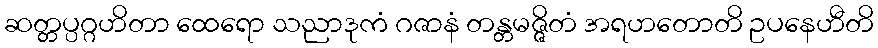
ဆတ္တပ္ပဂ္ဂဟိတာ ထေရော သညာဒုကံ ဂဇာနံ တန္တမဇ္ဇိတံ အရဟတောတိ ဥပနေဟီတိ